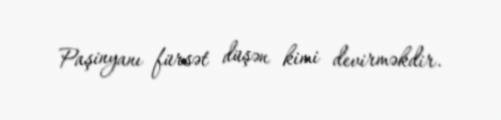
Paşinyanı fürsət düşən kimi devirməkdir.